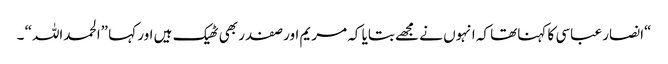
“انصار عباسی کا کہناتھا کہ انہوں نے مجھے بتایا کہ مریم اور صفدر بھی ٹھیک ہیں اور کہا ”الحمداللہ“ ۔